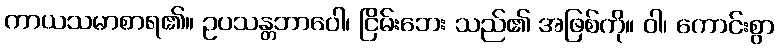
ကာယသမာစာရ၏။ ဥပသန္တဘာဝေါ၊ ငြိမ်းဘေး သည်၏ အဖြစ်ကို။ ဝါ၊ ကောင်းစွာ